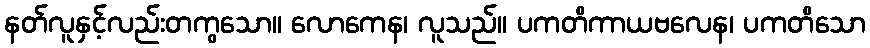
နတ်လူနှင့်လည်းတကွသော။ လောကေန၊ လူသည်။ ပကတိကာယဗလေန၊ ပကတိသော